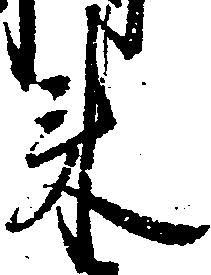
来